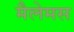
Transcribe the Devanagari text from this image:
मैलेमस